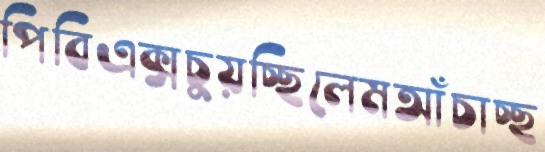
পিবিএক্সচুয়চ্ছিলেমআঁচাচ্ছ